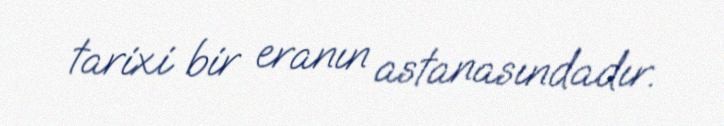
tarixi bir eranın astanasındadır.